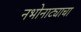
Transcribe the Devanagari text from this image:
नभोनाट्याचा